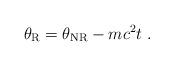
LaTeX: \begin{align*}\theta_{\rm R} = \theta_{\rm NR}-mc^2t \ .\end{align*}